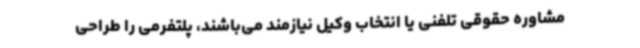
مشاوره حقوقی تلفنی یا انتخاب وکیل نیازمند می‌باشند، پلتفرمی را طراحی